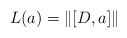
\begin{align*} L (a) =\| [D,a]\|\end{align*}